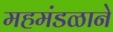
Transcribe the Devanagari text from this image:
महमंडळाने